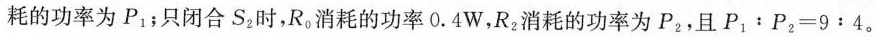
耗的功率为P_{1}；只闭合S_{2}时，R_{0}消耗的功率0.4W，R_{2}消耗的功率为P_{2}。且$$P _ { 1 }﹔ P _ { 2 } = 9 : 4$$。